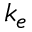
k _ { e }